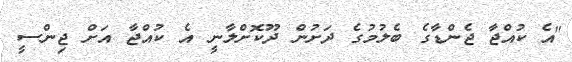
"އެ ކުއްޖާ ޖެންޑާގެ ބެލުމުގެ ދަށުން ދޫކޮށްލާނީ އެ ކުއްޖާ އަށް ޖިންސީ